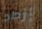
إزداد